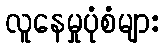
လူနေမှုပုံစံများ